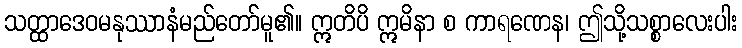
သတ္ထာဒေဝမနုဿာနံမည်တော်မူ၏။ ဣတိပိ ဣမိနာ စ ကာရဏေန၊ ဤသို့သစ္စာလေးပါး